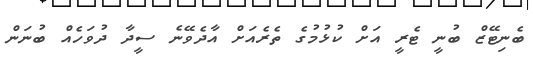
ބެނިޓޭޒް ބުނީ ޓެރީ އަށް ކުޅުމުގެ ތެރެއަށް އާދެވޭނެ ސީދާ ދުވަހެއް ބުނަން